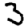
Digit: 3